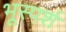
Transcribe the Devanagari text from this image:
भूस्पर्श